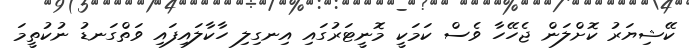
ކޭޝިޔަރު ކޮށްލަން ޖެހޭހާ ވެސް ކަމަކީ މޮނީޓަރުގައި އިނގިލި ހާކާލައިފައި ވަތްގަނޑު ނުކުތީމަ